Civil Veterinary Department. United Provinces 1912-22 - 1912-1922
Year: 1912
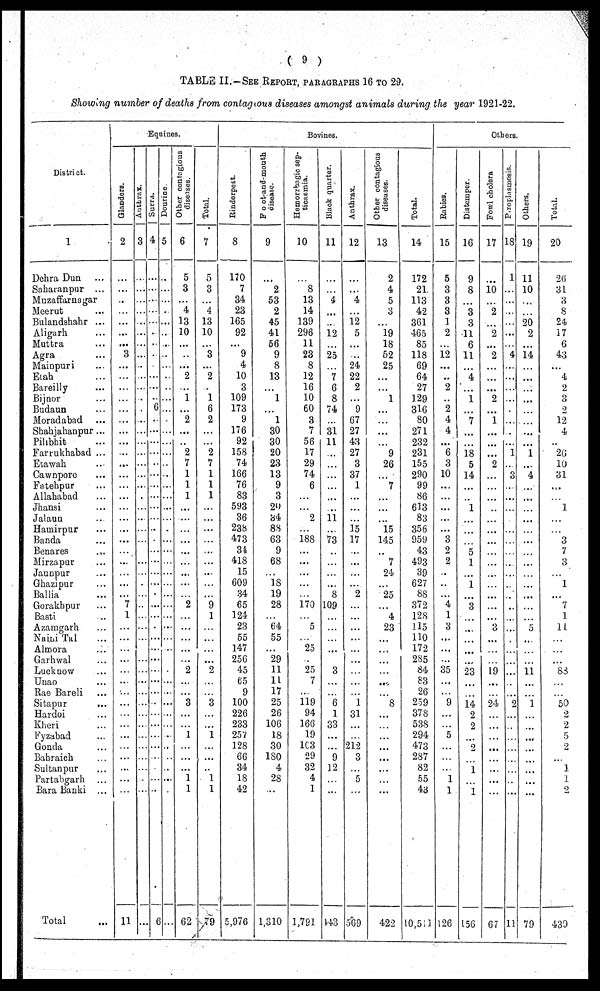
( 9 )
TABLE II. —SEE REPORT, PARAGRAPHS 16 TO 29.
Showing number of deaths from contagious diseases amongst animals during the year 1921-22.
District.
1
Dehra Dun ...
Saharanpur ...
Muzaffarnagar
Meerut ...
Bulandahahr ...
Aligarh ...
Muttra ...
Agra ...
Mainpuri ...
Etah ...
Bareilly ...
Bijnor ...
Budaun ...
Moradabad ...
Shahjahanpur ...
Pilibhit ...
Farrukhabad ...
Etawah ...
Cawnpore ...
Fatehpur ...
Allahabad ...
Jhansi ...
Jalaun ...
Hamirpur ...
Banda ...
Benares ...
Mirzapur ...
Jaunpur ...
Ghazipur ...
Ballia ...
Gorakhpur ...
Basti ...
Azamgarh ...
Naini Tal ...
Almora ...
Garhwal ...
Lucknow ...
Unao ...
Rae Bareli ...
Sitapur ...
Hardoi ...
Kheri ...
Fyzabad ...
Gonda ...
Bahraich ...
Sultanpur ...
Partabgarh ...
Bara Banki ...
Total ...
Equines.
Glanders.
2
...
...
...
...
...
...
...
3
...
...
...
...
...
...
...
...
...
...
...
...
...
...
...
...
...
...
...
...
...
...
7
1
...
...
...
...
...
...
...
...
...
...
...
...
...
...
...
...
11
Anthrax.
3
...
...
...
...
...
...
...
...
..
...
...
...
...
...
...
...
...
...
...
...
...
...
...
...
...
...
...
...
...
...
...
...
...
...
...
...
...
...
...
...
...
...
...
...
...
...
...
...
...
| Surra.
4
...
...
...
...
...
...
...
...
...
...
...
...
6
...
...
...
...
...
...
...
...
...
...
...
...
...
...
...
...
...
...
...
...
...
...
...
...
...
...
...
...
...
...
...
...
...
...
...
6
Dourine.
5
...
...
...
...
...
...
...
...
...
...
...
...
...
...
...
...
...
...
...
...
...
...
...
...
...
...
...
...
...
...
...
...
...
...
...
...
...
...
...
...
...
...
...
...
...
...
...
...
...
Other contagious
diseases.
6
5
3
...
4
13
10
...
...
...
2
...
1
...
2
...
...
2
7
1
1
1
...
...
...
...
...
...
...
...
...
2
...
...
...
...
...
2
...
...
3
...
...
1
...
...
...
1
1
62
Total.
7
5
3
...
4
13
10
...
3
...
2
..
1
6
2
...
...
2
7
1
1
1
...
...
...
...
...
...
...
...
...
9
1
...
...
...
...
2
...
...
3
...
...
...
...
...
...
1
1
79
Bovines.
Rinderpest.
8
170
7
34
23
165
92
...
9
4
10
3
109
173
9
176
92
158
74
166
76
83
593
36
238
473
34
418
15
609
34
65
124
23
55
147
256
45
65
9
100
226
233
257
128
66
34
18
42
5,976
Foot-and-mouth
disease.
9
...
2
53
2
45
41
56
9
8
13
...
1
...
1
30
30
20
23
13
9
3
20
34
88
63
9
68
...
18
19
28
...
64
55
...
29
11
11
17
25
26
106
18
30
180
4
28
...
1,310
Hemorrhagic sep-
ticaemia.
10
...
8
13
14
139
296
11
23
8
12
16
10
60
3
7
56
17
29
74
6
...
...
2
...
188
...
...
...
...
...
170
...
5
...
25
...
25
7
...
119
94
166
19
103
29
32
4
1
1,791
Black quarter.
11
...
...
4
...
...
12
...
25
...
7
6
8
74
...
31
11
...
...
...
...
...
...
11
...
73
...
...
...
...
8
109
...
...
...
...
...
3
...
...
6
1
33
...
...
9
12
...
...
143
Anthrax.
12
...
...
4
...
12
5
...
...
24
22
2
...
9
67
27
43
27
3
37
1
...
...
...
15
17
...
...
...
...
2
...
...
...
...
...
...
...
...
...
1
31
...
...
212
3
...
5
...
569
Other contagious
diseases.
13
2
4
5
3
...
19
18
52
25
...
...
1
...
...
...
...
9
26
...
7
...
...
...
15
145
...
7
24
...
25
...
4
23
...
...
...
...
...
...
8
...
...
...
...
...
...
...
...
422
Total.
14
172
21
113
42
361
465
85
118
69
64
27
129
316
80
271
232
231
155
290
99
86
613
83
356
959
43
493
39
627
88
372
128
115
110
172
285
84
83
26
259
378
538
294
473
287
82
55
43
10,511
Others.
Rabies.
15
5
3
3
3
1
2
...
12
...
..
2
...
2
4
4
...
6
3
10
...
...
...
...
...
3
2
2
...
...
...
4
1
3
...
...
...
35
...
...
9
...
...
5
...
...
...
1
1
126
Distemper.
16
9
8
...
3
3
11
6
11
...
4
...
1
...
7
...
...
18
5
14
...
..
1
...
...
...
5
1
...
1
...
3
...
...
...
...
...
23
...
...
14
2
2
...
2
...
1
...
1
156
Fowl cholera
17
...
10
...
2
...
2
...
2
...
...
...
2
...
1
...
...
...
2
...
...
...
...
...
...
...
...
...
...
...
...
...
...
3
...
...
...
19
...
...
24
...
...
...
...
...
...
...
...
67
P roplasmosis.
18
1
...
...
...
...
...
...
4
...
...
...
...
...
...
...
...
1
...
3
...
...
...
...
...
...
...
...
...
...
...
...
...
...
...
...
...
...
...
...
2
...
...
...
...
...
...
...
...
11
Others.
19
11
10
...
...
20
2
...
14
...
...
...
...
...
...
...
...
1
...
4
...
...
...
...
...
...
...
...
...
...
...
...
...
5
...
...
...
11
...
...
1
...
...
...
...
...
...
...
...
79
Total.
20
26
31
3
8
24
17
6
43
...
4
2
3
2
12
4
...
26
10
31
...
...
1
...
...
3
7
3
...
1
...
7
1
11.
...
...
...
88
...
...
50
2
2
5
2
...
1
1
2
439